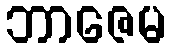
ဘာဇေမ